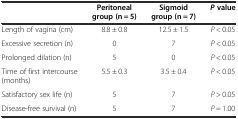
|  | Peritoneal group (n = 5) | Sigmoid group (n = 7) | Pvalue |
 | --- | --- | --- | --- |
 | Length of vagina (cm) | 8.8 ± 0.8 | 12.5 ± 1.5 | P < 0.05 |
 | Excessive secretion (n) | 0 | 7 | P < 0.05 |
 | Prolonged dilation (n) | 5 | 0 | P < 0.05 |
 | Time of first intercourse (months) | 5.5 ± 0.3 | 3.5 ± 0.4 | P < 0.05 |
 | Satisfactory sex life (n) | 5 | 7 | P > 0.05 |
 | Disease-free survival (n) | 5 | 7 | P = 1.00 |